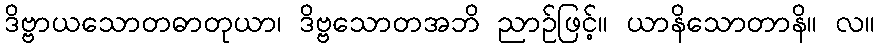
ဒိဗ္ဗာယသောတဓာတုယာ၊ ဒိဗ္ဗသောတအဘိ ညာဉ်ဖြင့်။ ယာနိသောတာနိ။ လ။